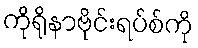
ကိုရိုနာဗိုင်းရပ်စ်ကို